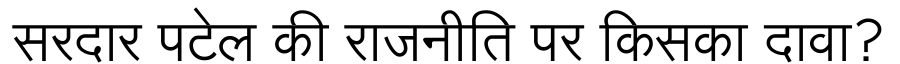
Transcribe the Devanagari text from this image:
सरदार पटेल की राजनीति पर किसका दावा?